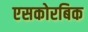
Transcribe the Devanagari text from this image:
एसकोरबिक